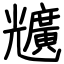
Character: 兤